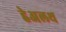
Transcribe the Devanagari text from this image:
हेअलथ